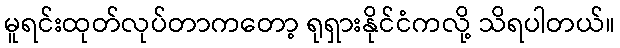
မူရင်းထုတ်လုပ်တာကတော့ ရုရှားနိုင်ငံကလို့ သိရပါတယ်။